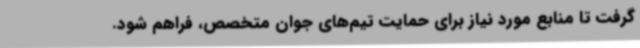
گرفت تا منابع مورد نیاز برای حمایت تیم‌های جوان متخصص، فراهم شود.